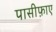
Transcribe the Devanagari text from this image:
पासीफ़ाए